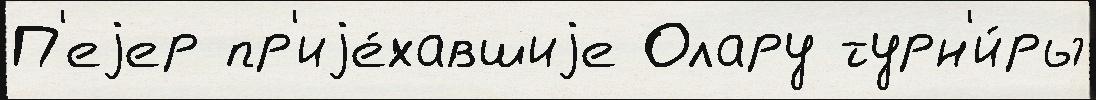
П'еjер пр'иjе́хавшиjе Олару турн'и́ры